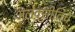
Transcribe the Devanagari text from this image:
अलेक्सीविच